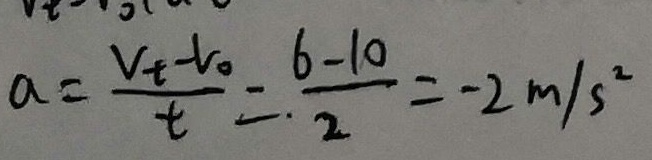
a = \frac { v _ { t } - v _ { 0 } } { t } = \frac { 6 - 1 0 } { 2 } = - 2 m / s ^ { 2 }